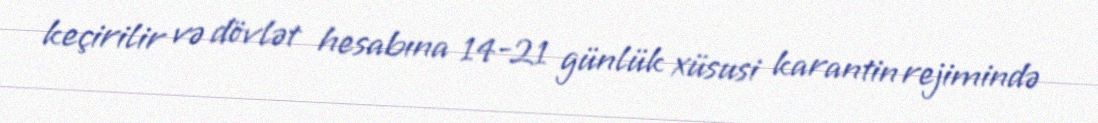
keçirilir və dövlət hesabına 14-21 günlük xüsusi karantin rejimində